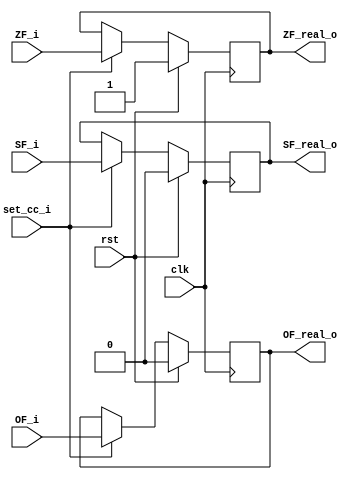
module cc(
    input wire clk,
    input wire rst,
    input wire ZF_i,
    input wire SF_i,
    input wire OF_i,
    input wire set_cc_i,
    output reg ZF_real_o,
    output reg SF_real_o,
    output reg OF_real_o
    );
	
    //“Set CC,”which determines whether or not to update the condition codes, has signals m_stat and W_stat as inputs. These signals are used to detect cases where an instruction causing an exception is passing through later pipeline stages, and therefore any updating of the condition codes should be suppressed. This has been taken care of by the controller module.


    initial
    begin
	    ZF_real_o <= 1'B1;
	    SF_real_o <= 1'B0;
	    OF_real_o <= 1'B0;
    end

    always @(posedge clk)
    begin
	    if(rst)
	    begin
		    ZF_real_o <= 1'B1;
		    SF_real_o <= 1'B0;
		    OF_real_o <= 1'B0;
	    end
	    else if(set_cc_i)
	    begin
		    ZF_real_o <= ZF_i;
                    SF_real_o <= SF_i;
                    OF_real_o <= OF_i;
	    end
    end
    
endmodule